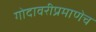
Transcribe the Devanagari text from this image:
गोदावरीप्रमाणेच